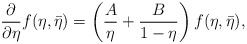
\begin{align*}\frac{\partial}{\partial\eta}f(\eta,\bar{\eta})= \left( \frac{A}{\eta} +\frac{B}{1-\eta} \right) f(\eta,\bar{\eta}), \end{align*}